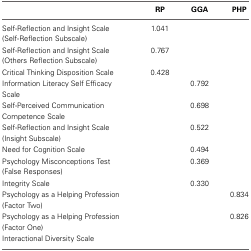
|  | RP | GGA | PHP |
 | --- | --- | --- | --- |
 | Self-Reflection and Insight Scale (Self-Reflection Subscale) | 1.041 |  |  |
 | Self-Reflection and Insight Scale (Others Reflection Subscale) | 0.767 |  |  |
 | Critical Thinking Disposition Scale | 0.428 |  |  |
 | Information Literacy Self Efficacy Scale |  | 0.792 |  |
 | Self-Perceived Communication Competence Scale |  | 0.698 |  |
 | Self-Reflection and Insight Scale (Insight Subscale) |  | 0.522 |  |
 | Need for Cognition Scale |  | 0.494 |  |
 | Psychology Misconceptions Test (False Responses) |  | 0.369 |  |
 | Integrity Scale |  | 0.330 |  |
 | Psychology as a Helping Profession (Factor Two) |  |  | 0.834 |
 | Psychology as a Helping Profession (Factor One) |  |  | 0.826 |
 | Interactional Diversity Scale |  |  |  |